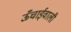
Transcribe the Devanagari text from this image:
ऊँचाईवाली